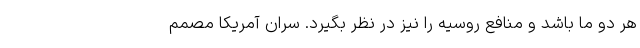
هر دو ما باشد و منافع روسیه را نیز در نظر بگیرد. سران آمریکا مصمم